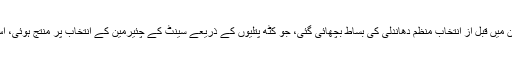
اگلے انتخابا ت سر پر ہیں لیکن جس طرح سینٹ کے انتخابات سے پہلے بلوچستان میں قبل از انتخاب منظم دھاندلی کی بساط بچھائی گئی، جو کٹھ پتلیوں کے ذریعے سینٹ کے چئیرمین کے انتخاب پر منتج ہوئی، اس سے اگلے عام انتخابات کے بارے میں کئی سوالیہ نشانات کھڑے ہو گئے ہیں۔